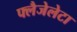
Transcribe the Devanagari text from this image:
फ्लैजेलेटा